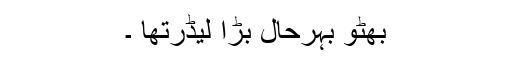
بھٹو بہرحال بڑا لیڈرتھا ۔